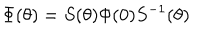
\Phi ( \theta ) = S ( \theta ) \Phi ( 0 ) S ^ { - 1 } ( \theta )